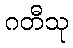
ဂတီသု